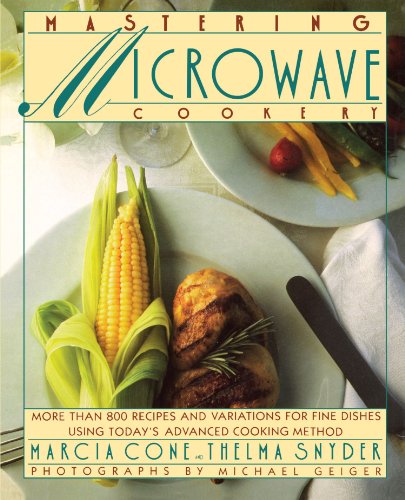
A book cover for Mastering Microwave Cooking; Marcia Cone; Cookbooks, Food & Wine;